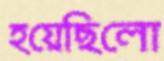
হয়েছিলো